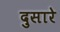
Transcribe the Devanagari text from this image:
दुसारे